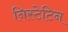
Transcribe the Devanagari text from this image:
निस्टेटिन